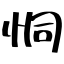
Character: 恫